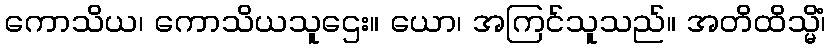
ကောသိယ၊ ကောသိယသူဌေး။ ယော၊ အကြင်သူသည်။ အတိထိသ္မိံ၊